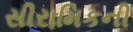
સીરામિકની